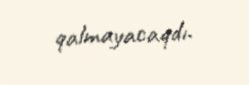
qalmayacaqdı.